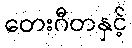
တေးဂီတနှင့်